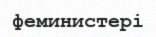
феминистері